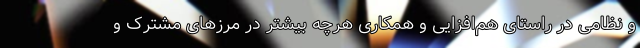
و نظامی در راستای هم‌افزایی و همکاری هرچه بیشتر در مرزهای مشترک و